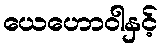
ယေဟောဝါနှင့်